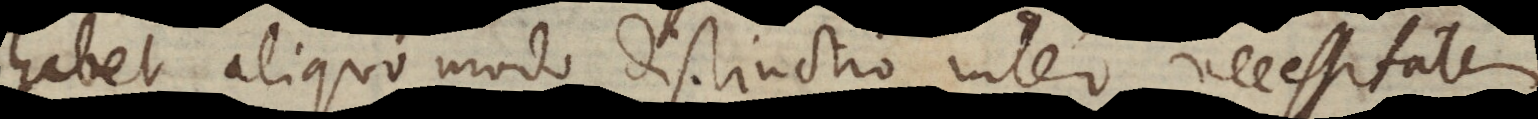
habet aliquo modo distinctio inter necessitatem